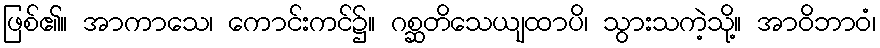
ဖြစ်၏။ အာကာသေ၊ ကောင်းကင်၌။ ဂစ္ဆတိသေယျထာပိ၊ သွားသကဲ့သို့။ အာဝိဘာဝံ၊